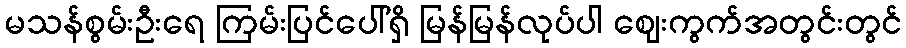
မသန်စွမ်းဦးရေ ကြမ်းပြင်ပေါ်ရှိ မြန်မြန်လုပ်ပါ ဈေးကွက်အတွင်းတွင်